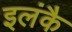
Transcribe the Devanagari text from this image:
इलंकै